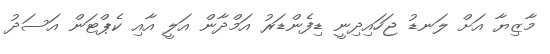
މާޒިޔާ އަށް ލަނޑު ޖަހައިދިނީ ޑިފެންޑަރު އަމްދާން އަލީ އާއި ކެޕްޓަން އަސަދު